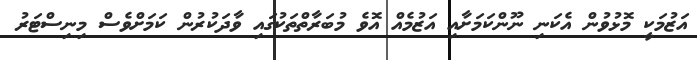
އަޒުމަކީ މޮޅުވުން އެކަނި ނޫންކަމަށާއި އަޒުމެއް އޮވެ މުބަރާތްތަކުގައި ވާދަކުރުން ކަމަށްވެސް މިނިސްޓަރު